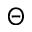
\Theta